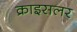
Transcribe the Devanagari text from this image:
क्राइसलर